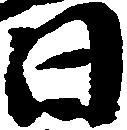
日